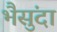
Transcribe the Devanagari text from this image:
भैसुंदा